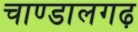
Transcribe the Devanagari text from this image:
चाण्डालगढ़